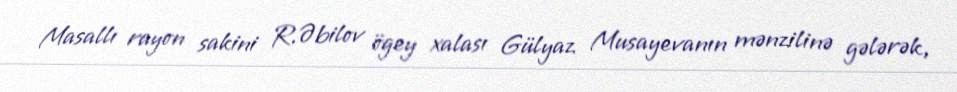
Masallı rayon sakini R.Əbilov ögey xalası Gülyaz Musayevanın mənzilinə gələrək,